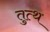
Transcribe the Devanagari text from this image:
तुत्थ